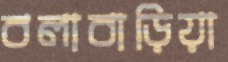
বলাবাড়িয়া